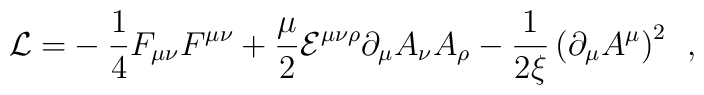
{\cal L=}-\frac 14F_{\mu \nu }F^{\mu \nu }+\frac \mu 2{\cal E}^{\mu \nu \rho}\partial _\mu A_\nu A_\rho -\frac 1{2\xi }\left( \partial _\mu A^\mu\right) ^2\;\,,